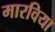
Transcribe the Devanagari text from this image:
मारविया